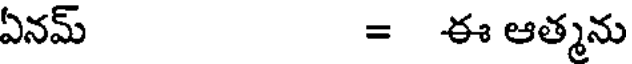
ఏనమ్ = ఈ ఆత్మను